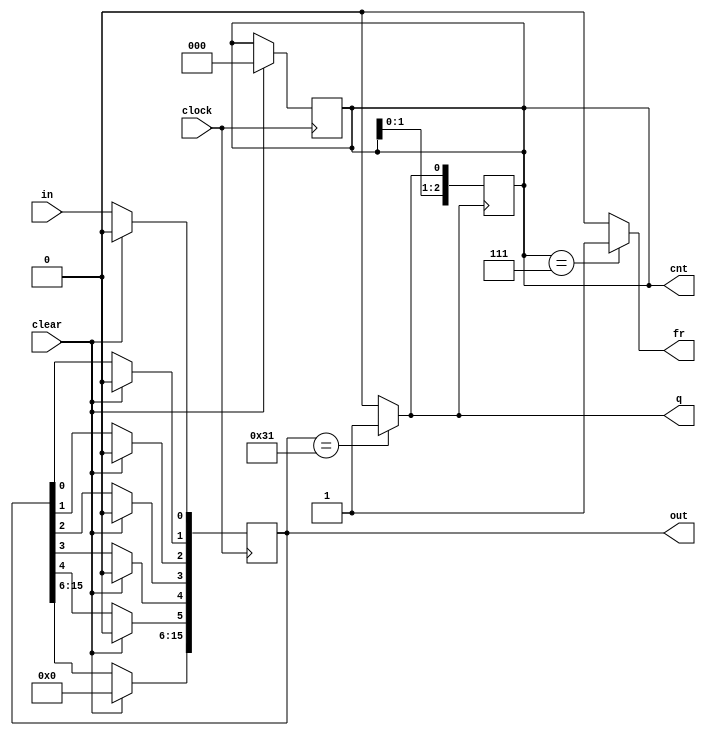
module detector16_ifr(clock,clear,in,out,q,cnt,fr);
input clock,clear,in;
output q;
output fr;
output [15:0] out;
output [2:0] cnt;
reg [15:0]out;
reg q;
reg fr;
reg [2:0] cnt;

always @(posedge clock)
begin
  if (clear)
  begin
      out = 16'd0;
      cnt = 3'd0;
  end

  else  
begin
  out[5] = out[4];
  out[4] = out[3];
  out[3] = out[2];
  out[2] = out[1];
  out[1] = out[0];
  out[0] = in;
  end
end

always @(out)
begin
    if (out==6'b110001)
    begin
      q=1;

      end
      else
 begin
      q=0;

      end
     end

    always @(posedge q)
           begin
           cnt[2] = cnt[1];
           cnt[1] = cnt[0];
           cnt[0] = q;
     end

always @(cnt)
begin
    if (cnt==3'b111)
    begin
      fr=1;

      end
      else
 begin
      fr=0;

      end
     end



    endmodule